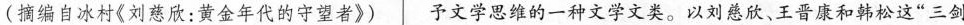
〔摘编自冰村《刘感：黄金年代的守望者》〉|文章思维的一种文学文类。以刘慈欣、三看和抖松这”三剑